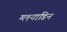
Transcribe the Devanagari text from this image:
ग्लयाडिन